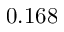
0 . 1 6 8